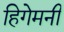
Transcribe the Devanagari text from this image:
हिगेमनी